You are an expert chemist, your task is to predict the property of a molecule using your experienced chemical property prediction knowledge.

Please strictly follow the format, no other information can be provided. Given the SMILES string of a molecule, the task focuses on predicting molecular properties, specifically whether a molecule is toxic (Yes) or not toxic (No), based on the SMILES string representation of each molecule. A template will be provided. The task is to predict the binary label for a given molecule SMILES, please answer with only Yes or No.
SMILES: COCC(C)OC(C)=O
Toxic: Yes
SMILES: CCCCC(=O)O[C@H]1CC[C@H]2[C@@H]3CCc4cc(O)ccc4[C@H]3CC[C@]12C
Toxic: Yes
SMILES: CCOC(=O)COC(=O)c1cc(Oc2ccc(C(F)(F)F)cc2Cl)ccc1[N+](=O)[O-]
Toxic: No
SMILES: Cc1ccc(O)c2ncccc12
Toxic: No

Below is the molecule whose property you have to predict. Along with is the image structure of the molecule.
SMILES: CN(C)CCN(C)CCO
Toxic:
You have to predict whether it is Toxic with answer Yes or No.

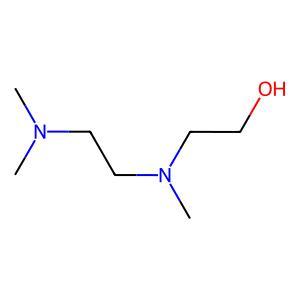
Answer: No